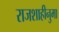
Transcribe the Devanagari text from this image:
राजशाहीनुमा